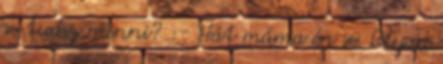
se tudsz menni? :- Hát máma én se. Olyan